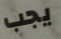
يجب